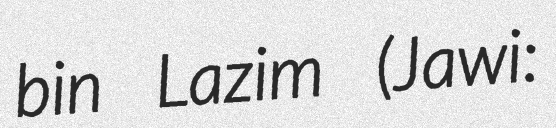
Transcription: bin Lazim (Jawi: